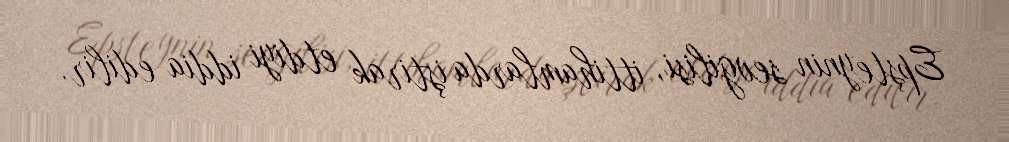
Epşteynin sevgilisi, ittihamlarda iştirak etdiyi iddia edilir.